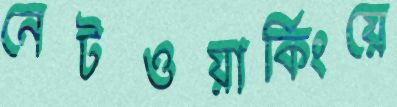
নেটওয়ার্কিংয়ে